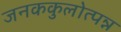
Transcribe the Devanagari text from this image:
जनककुलोत्पन्न